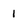
Character: 1